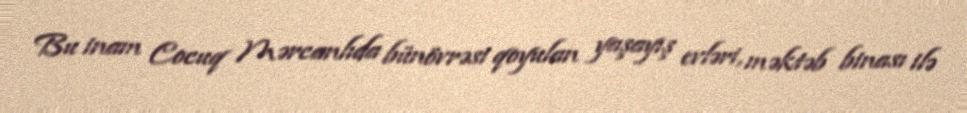
Bu inam Cocuq Mərcanlıda bünövrəsi qoyulan yaşayış evləri, məktəb binası ilə